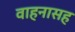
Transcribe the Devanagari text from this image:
वाहनासह